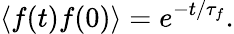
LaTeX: \langle f(t)f(0)\rangle=e^{-t/\tau_{f}}.